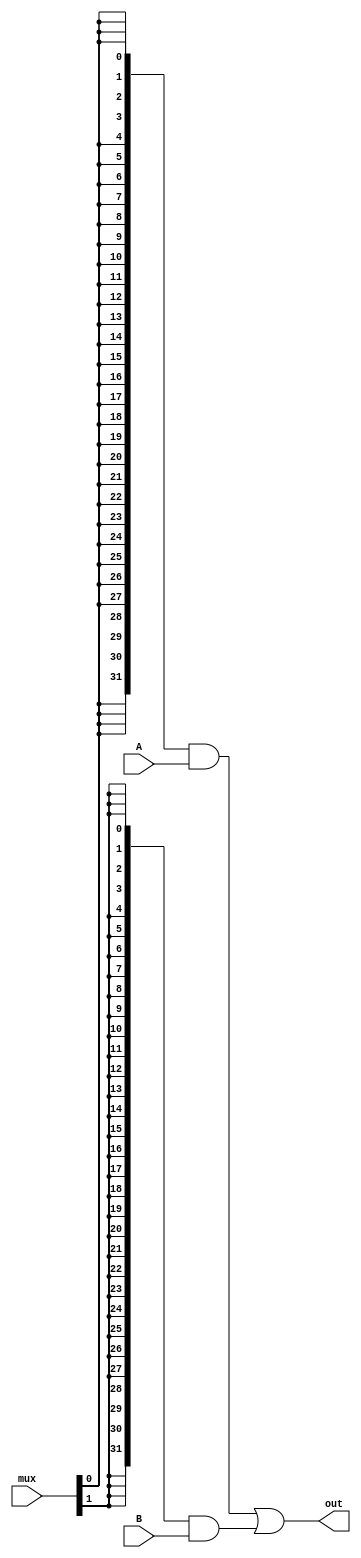
`timescale 1ns / 1ps
//////////////////////////////////////////////////////////////////////////////////
// Company: 
// Engineer: 
// 
// Design Name: 
// Module Name: MUX
// Project Name: 
// Target Devices: 
// Tool Versions: 
// Description: 
// 
// Dependencies: 
// 
// Revision:
// Revision 0.01 - File Created
// Additional Comments:
// 
//////////////////////////////////////////////////////////////////////////////////
module MUX2(
    input [31:0] A,
    input [31:0] B,
    input [1:0] mux,
    output [31:0] out
    );
    
    assign out = {32{mux[0]}} & A | {32{mux[1]}} & B;
endmodule


module MUX3(
    input [31:0] A,
    input [31:0] B,
    input [31:0] C,
    input [2:0] mux,
    output [31:0] out
    );
    
    assign out = {32{mux[0]}} & A | {32{mux[1]}} & B | {32{mux[2]}} & C;
endmodule


module MUX4(
    input [31:0] A,
    input [31:0] B,
    input [31:0] C,
    input [31:0] D,
    input [3:0] mux,
    output [31:0] out
    );
    
    assign out = {32{mux[0]}} & A | {32{mux[1]}} & B | {32{mux[2]}} & C | {32{mux[3]}} & D;
endmodule